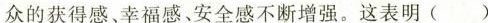
众的获得感、幸福感、安全感不断增强。这表明( )